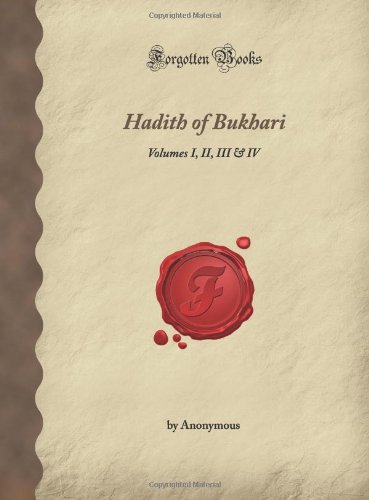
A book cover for Hadith of Bukhari: Volumes I, II, III & IV (Forgotten Books); Anonymous; Religion & Spirituality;